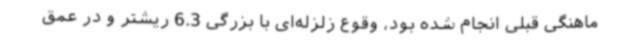
ماهنگی قبلی انجام شده بود، وقوع زلزله‌ای با بزرگی 6.3 ریشتر و در عمق